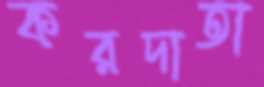
করদাতা